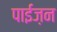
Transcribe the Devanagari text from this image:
पाईज़न